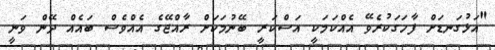
"އަޅުގަނޑަށް ފާހަގަކުރެވޭ އެއްކަމަކީ އަސްކަރީ ބޭނުމަކަށް ރާއްޖޭގެ އެއްވެސް ބައެއް ދޭން ވަނީ